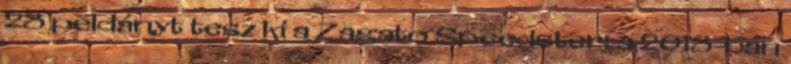
28 példányt tesz ki a Zagato Speedster; a 2018-ban